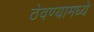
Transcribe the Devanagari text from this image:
ठेवण्यामध्ये